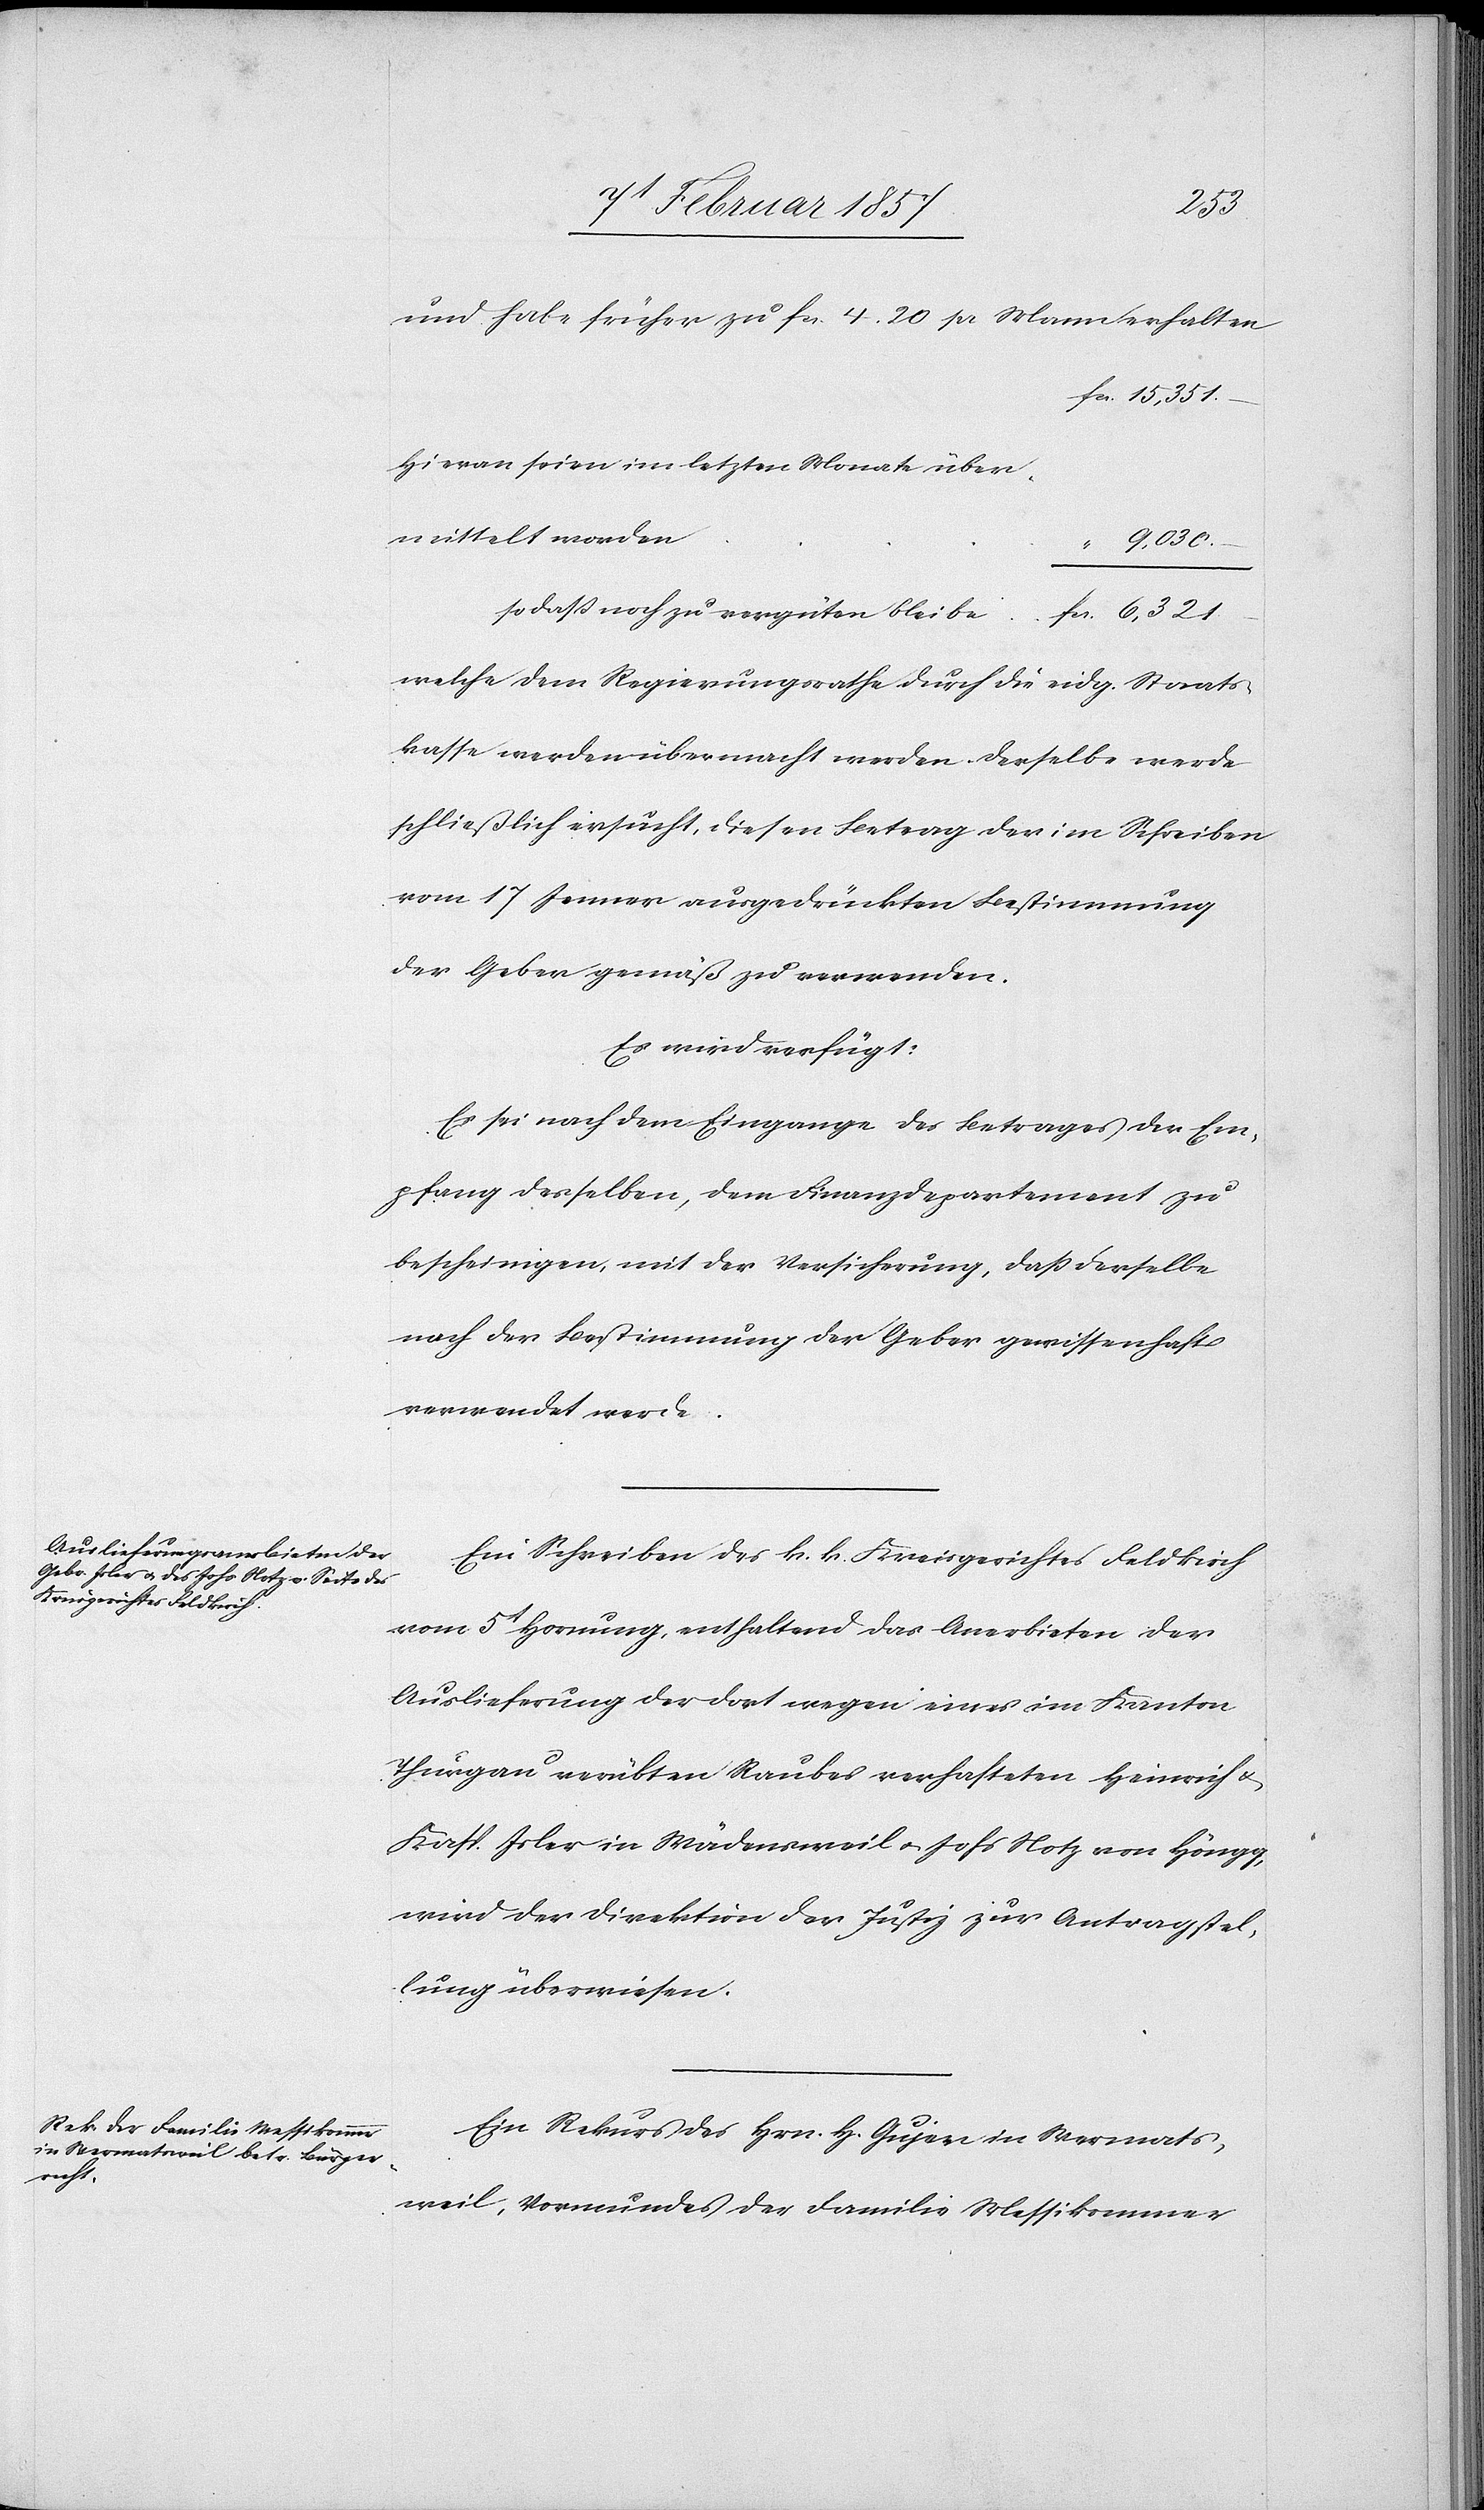
9t Februar 1857.]
15,351.
und habe früher zu fr. 4. 20 pr Mann erhalten
Hievon seien im letzten Monate über¬
mittelt worden
9,030.
den
so daß noch zu vergüten bleibe
6,321.
welche dem Regierungsrathe durch die eidg. Staats¬
kasse werden übermacht werden. Derselbe werde
schließlich ersucht, diesen Betrag der im Schreiben
vom 17 Jenner ausgedrückten Bestimmung
der Geber gemäß zu verwenden.
Es wird verfügt:
Es sei nach dem Eingange des Betrages der Em¬
pfang desselben, dem Finanzdepartement zu
bescheinigen, mit der Versicherung, daß derselbe
nach der Bestimmung der Geber gewissenhaft
verwendet werde.
Ein Schreiben des k. k. Kreisgerichtes Feldkirch
vom 5t Hornung, enthaltend das Anerbieten der
Auslieferung der dort wegen eines im Kanton
Thurgau verübten Raubes verhafteten Heinrich u.
Kasp. Isler in Wädensweil u. Johs Notz Höngg,
wird der Direktion der Justiz zur Antragstel¬
lung überwiesen.
Ein Rekurs des Hrn. H. Gujer in Wermats¬
weil, Vormundes der Familie Messikommer